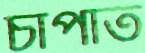
চাপাত